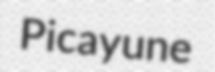
Picayune